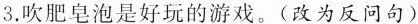
3.吹肥皂泡是好玩的游戏。(改为反问句)